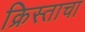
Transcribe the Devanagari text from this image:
क्रिस्ताचा